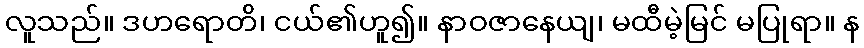
လူသည်။ ဒဟရောတိ၊ ငယ်၏ဟူ၍။ နာဝဇာနေယျ၊ မထီမဲ့မြင် မပြုရာ။ န